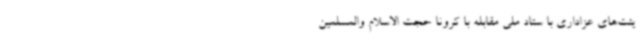
یئت‌های عزاداری با ستاد ملی مقابله با کرونا حجت الاسلام والمسلمین